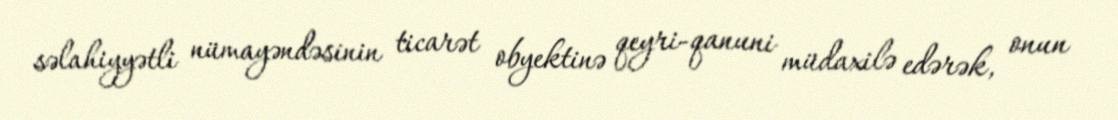
səlahiyyətli nümayəndəsinin ticarət obyektinə qeyri-qanuni müdaxilə edərək, onun